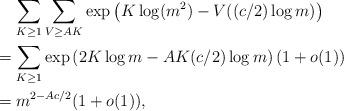
LaTeX: \begin{align*}& \quad\, \sum_{K \geq 1} \sum_{V \geq AK} \exp\left( K \log(m^2) -V((c/2) \log m) \right) \\ &= \sum_{K \geq 1} \exp\left( 2K \log m - AK(c/2) \log m \right) (1 + o(1)) \\ &= m^{2 - Ac/2} (1 + o(1)),\end{align*}